Report on the Nagpur School of Medicine, Central Provinces
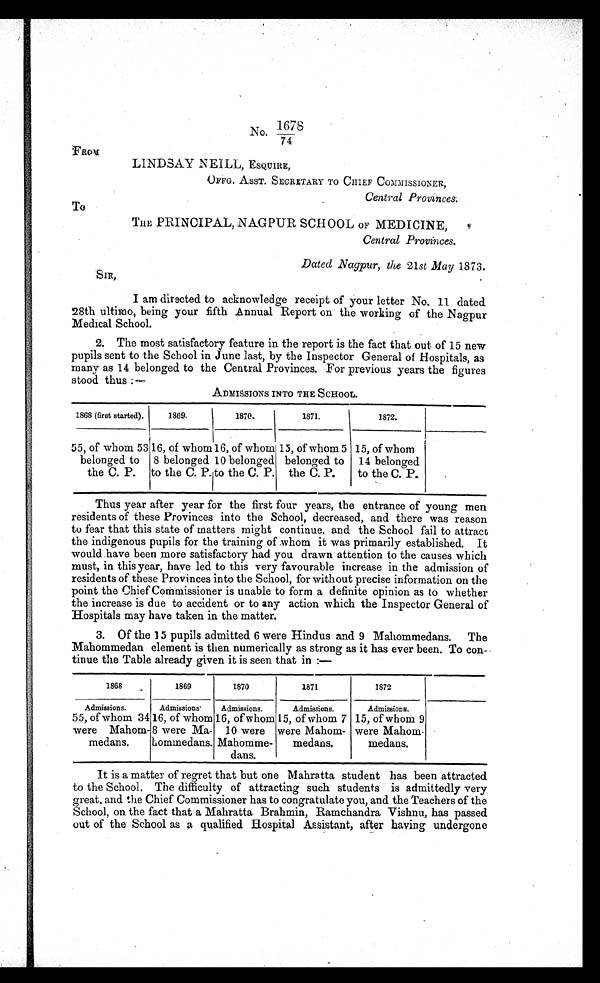
No. 1678
/
7 4
FROM
LINDSAY NEILL, ESQUIRE,
OFFG. ASST. SECRETARY TO CHIEF COMMISSIONER.,
Central Provinces.
To
THE PRINCIPAL, NAGPUR SCHOOL OF MEDICINE,
Central Provinces.
Dated Nagpur, the 21st May 1873.
S I R ,
I am directed to acknowledge receipt of your letter No. 11 dated
28th ultimo, being your fifth Annual Report on the working of the Nagpur
Medical School.
2. The most satisfactory feature in the report is the fact that out of 15 new
pupils sent to the School in June last, by the Inspector General of Hospitals, as
many as 14 belonged to the Central Provinces. For previous years the figures
stood thus :—
A D M I S S I O N S I N T O T H E S C H O O L .
1868 (first started).
1869.
1870.
1871.
1872.
55, of whom 53
belonged to
the C. P.
16, of whom
8 belonged
to the C. P.
16, of whom
10 belonged
to the C. P.
15, of whom 5
belonged to
the C. P.
15, of whom
14 belonged
to the C. P.
Thus year after year for the first four years, the entrance of young men
residents of these Provinces into the School, decreased, and there was reason
to fear that this state of matters might continue, and the School fail to attract,
the indigenous pupils for the training of whom it was primarily established. It
would have been more satisfactory had you drawn attention to the causes which
must, in this year, have led to this very favourable increase in the admission of
residents of these Provinces into the School, for without precise information on the
point the Chief Commissioner is unable to form a definite opinion as to whether
the increase is due to accident or to any action which the Inspector General of
Hospitals may have taken in the matter.
3. Of the 15 pupils admitted 6 were Hindus and 9 Mahommedans. The
Mahommedan element is then numerically as strong as it has ever been. To con-
tinue the Table already given it is seen that in :—
1868
1869
1870
1871
1872
Admissions.
Admissions.
Admissions.
Admissions.
Admissions.
55, of whom 34
were Mahom-
medans.
1 6 , o f w h o m
8 were Ma-
hommedans.
16, of whom
10 were
Mahomme-
dans.
15, of whom 7
were Mahom-
medans.
15, of whom 9
were Mahom-
medans.
It is a matter of regret that but one Mahratta student has been attracted
to the School, The difficulty of attracting such students is admittedly very
great and the Chief Commissioner has to congratulate you, and the Teachers of the
School, on the fact that a Mahratta Brahmin, Ramchandra Vishnu, has passed
out of the School as a qualified Hospital Assistant, after having undergone